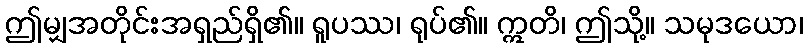
ဤမျှအတိုင်းအရှည်ရှိ၏။ ရူပဿ၊ ရုပ်၏။ ဣတိ၊ ဤသို့။ သမုဒယော၊